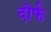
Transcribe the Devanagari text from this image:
दोर्फ